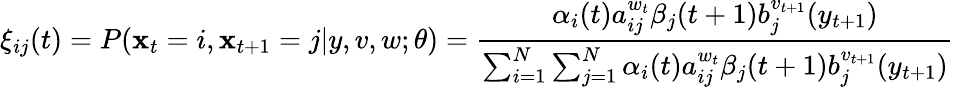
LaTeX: \xi_{ij}(t)=P(\mathbf{x}_{t}=i,\mathbf{x}_{t+1}=j|y,v,w;\theta)={\frac{{\alpha_{i}(t)a_{ij}^{w_{t}}\beta_{j}(t+1)b_{j}^{v_{t+1}}(y_{t+1})}}{{\sum_{i=1}^{N}\sum_{j=1}^{N}\alpha_{i}(t)a_{ij}^{w_{t}}\beta_{j}(t+1)b_{j}^{v_{t+1}}(y_{t+1})}}}